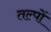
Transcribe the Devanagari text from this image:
तल्पों